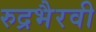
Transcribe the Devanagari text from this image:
रुद्रभैरवी